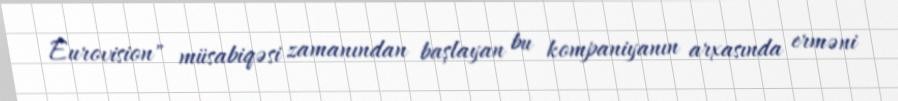
Eurovision" müsabiqəsi zamanından başlayan bu kompaniyanın arxasında erməni